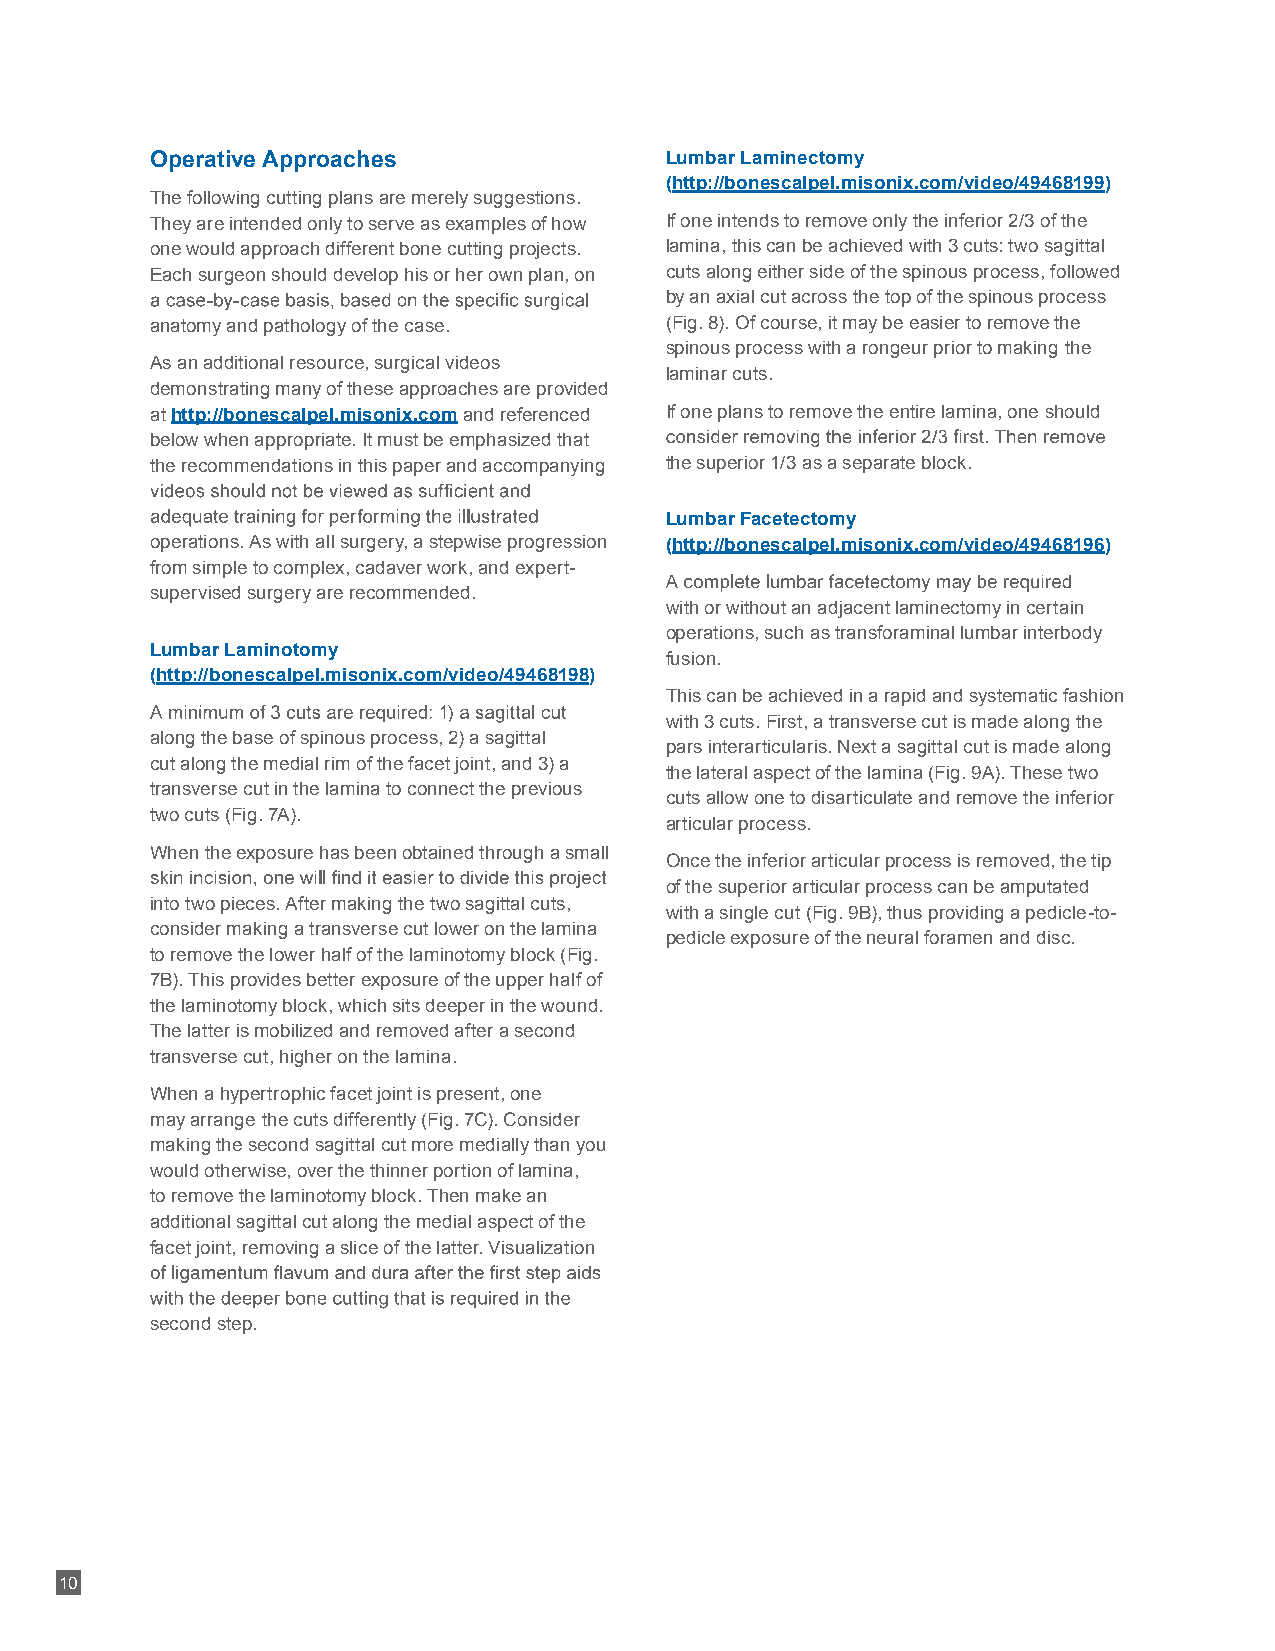
Operative Approaches              Lumbar Laminectomy
 (http://bonescalpel.misonix.com/video/49468199)
 The following cutting plans are merely suggestions.
 They are intended only to serve as examples of how If one intends to remove only the inferior 2/3 of the
 one would approach different bone cutting projects. lamina, this can be achieved with 3 cuts: two sagittal
 Each surgeon should develop his or her own plan, on cuts along either side of the spinous process, followed
 by an axial cut across the top of the spinous process
 anatomy and pathology of the case. (Fig. 8). Of course, it may be easier to remove the
 spinous process with a rongeur prior to making the
 As an additional resource, surgical videos
 laminar cuts.
 demonstrating many of these approaches are provided
 at http://bonescalpel.misonix.com and referenced If one plans to remove the entire lamina, one should
 below when appropriate. It must be emphasized that
 the recommendations in this paper and accompanying the superior 1/3 as a separate block.
 Lumbar Facetectomy
 operations. As with all surgery, a stepwise progression (http://bonescalpel.misonix.com/video/49468196)
 from simple to complex, cadaver work, and expert-
 supervised surgery are recommended.
 with or without an adjacent laminectomy in certain
 operations, such as transforaminal lumbar interbody
 Lumbar Laminotomy
 fusion.
 (http://bonescalpel.misonix.com/video/49468198)
 This can be achieved in a rapid and systematic fashion
 with 3 cuts. First, a transverse cut is made along the
 along the base of spinous process, 2) a sagittal
 pars interarticularis. Next a sagittal cut is made along
 cut along the medial rim of the facet joint, and 3) a
 the lateral aspect of the lamina (Fig. 9A). These two
 transverse cut in the lamina to connect the previous
 cuts allow one to disarticulate and remove the inferior
 two cuts (Fig. 7A).
 articular process.
 When the exposure has been obtained through a small
 Once the inferior articular process is removed, the tip
 of the superior articular process can be amputated
 into two pieces. After making the two sagittal cuts,
 with a single cut (Fig. 9B), thus providing a pedicle-to-
 consider making a transverse cut lower on the lamina
 pedicle exposure of the neural foramen and disc.
 to remove the lower half of the laminotomy block (Fig.
 7B). This provides better exposure of the upper half of
 the laminotomy block, which sits deeper in the wound.
 The latter is mobilized and removed after a second
 transverse cut, higher on the lamina.
 When a hypertrophic facet joint is present, one
 may arrange the cuts differently (Fig. 7C). Consider
 making the second sagittal cut more medially than you
 would otherwise, over the thinner portion of lamina,
 to remove the laminotomy block. Then make an
 additional sagittal cut along the medial aspect of the
 facet joint, removing a slice of the latter. Visualization
 second step.
 10